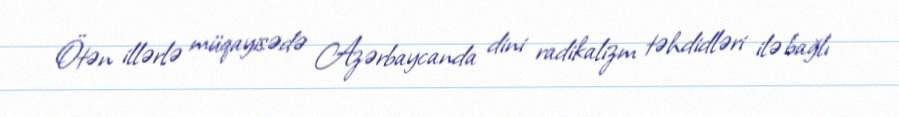
Ötən illərlə müqayisədə Azərbaycanda dini radikalizm təhdidləri ilə bağlı